Investigations into the jail dietaries of the United Provinces with some observations on the influence of dietary on the physical development and well-being of the people of the United Provinces - Number 48
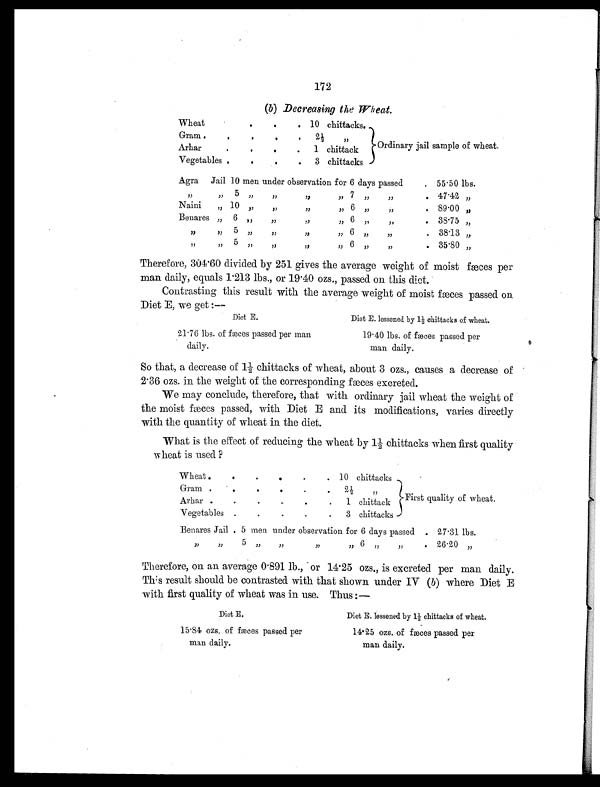
172
(b) Decreasing the Wheat.
Wheat .
.
. 10 chittacks.
Gram
. .
. .
.
2
½ ,,
Arhar
.
.
.
.
Ordinary jail sample of wheat.
1 chittack
Vegetables
.
. .
.
3 chittacks
Agra Jail 10 men under observation for 6 days passed
. 55.50 lbs.
,,
,, 5
,, ,, ,, ,,
7
,, ,,
.
47.4
2
„
Naini
,,
10 , ,
,,
, ,
,,
6
,, ,,
.
89.00
„
Benares „ 6 „
,,
, ,
,, 6
,, ,,
.
38.75
„
,,
,, 5 ,,
,, ,,
,, 6 ,,
,,
. 38.13 „
,, ,,
5
, ,
, ,
,,
,, 6
,,
,,
. 35.80
„
Therefore, 304.60 divided by 251 gives the average weight of moist fæces per
man daily, equals 1
.213 lbs., or 19.40 ozs., passed on this diet.
Contrasting this result with the average weight of moist fæces passed on
Diet E, we get :—
Diet E.
Diet E. lessened by
1½ chittacks of wheat.
21.76 lbs. of fæc
es passed per man
daily.
19.40 lbs. of f
æces passed per
man daily.
So that, a decrease of 1½ chittacks of wheat, about 3 ozs., causes a decrease of
2.36 ozs. in the weight of the corresponding fæces excreted.
We may conclude, therefore, that with ordinary jail wheat the weight of
the moist fæces passed, with Diet E and its modifications, varies directly
with the quantity of wheat in the diet.
What is the effect of reducing the wheat by 1½ chittacks when first quality
wheat is used ?
Wheat
.
.
.
.
.
. 10 chittacks
Gram .
.
. . .
.
2
½ ,,
Arhar .
. . . .
.
1 chittack
First quality of wheat.
Vegetable
s
.
.
.
.
.
3 chittacks
Benares Jail
5 men under observation for 6 days passed
.
27.31 lbs.
,, ,,
5
, ,
, ,
,,
,, 6 ,,
,,
. 26.20
,,
Therefore, on an average 0.891 lb., or 14.25 ozs., is excreted per man daily.
Thi s result should be contrasted with that shown under IV ( b) where Diet E
with first quality of wheat was in use. Thus:-
Diet E.
Diet E. lessened by 1½ chittacks of wheat.
15.84 ozs. of fæces passed per
man daily.
14.25 ozs. of fæces passed per
man daily.